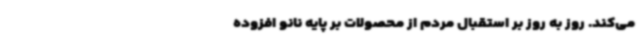
می‌کند. روز به روز بر استقبال مردم از محصولات بر پایه نانو افزوده